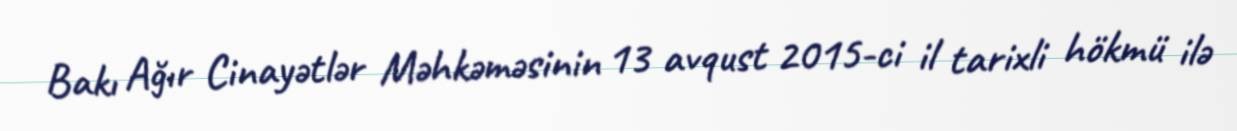
Bakı Ağır Cinayətlər Məhkəməsinin 13 avqust 2015-ci il tarixli hökmü ilə